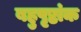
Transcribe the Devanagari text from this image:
बहुपृष्ठांक